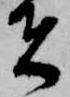
者